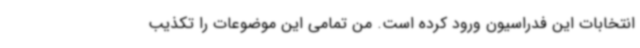
انتخابات این فدراسیون ورود کرده‌ است. من تمامی این موضوعات را تکذیب